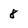
Character: 8